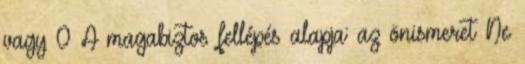
vagy 0 A magabiztos fellépés alapja: az önismeret Ne